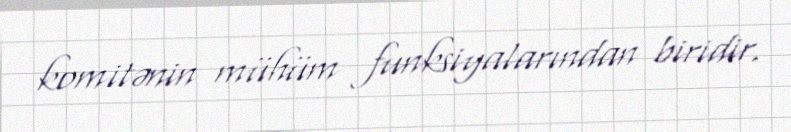
komitənin mühüm funksiyalarından biridir.